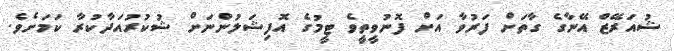
ޝުއަރޭޒް އޭނާގެ ގާތަށް ފަރުވާ އަށް ފޮނުވީތީވެ ޓީމުގެ އޮފިޝަލުންނަށް ޝުކުރުއަދާކުރާ ކަމަށެވެ.